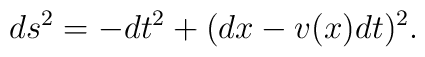
ds^2 = - dt^2 + (dx - v(x) dt)^2.